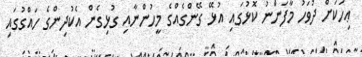
ޢިހަކަށް ދުވަހު މާފަންނު ކޮޅުގައި އުޅޭ ގޭންގެއްގެ މީހުންނާއި ގުޅިގެން އެކުދިންގެ ހައްގުގައި